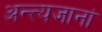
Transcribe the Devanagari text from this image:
अन्त्यजानां